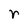
Character: r